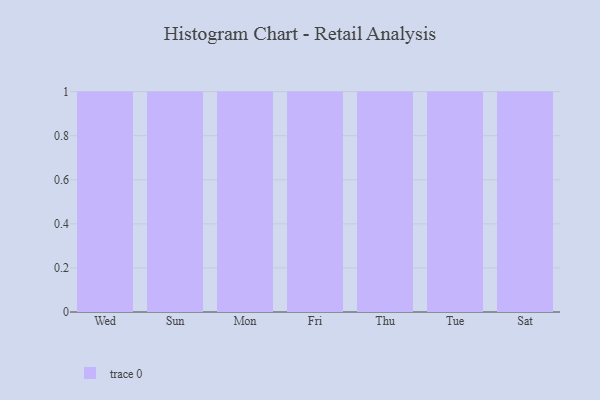
{"axis": {"x": "Day", "y": "Headcount"}, "legend": [""], "data": [{"x": "Wed", "y": 34, "type": ""}, {"x": "Sun", "y": 58, "type": ""}, {"x": "Mon", "y": 80, "type": ""}, {"x": "Fri", "y": 29, "type": ""}, {"x": "Thu", "y": 73, "type": ""}, {"x": "Tue", "y": 82, "type": ""}, {"x": "Sat", "y": 27, "type": ""}]}